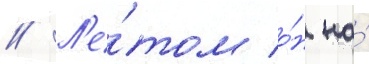
// Л'е́том о́н на́